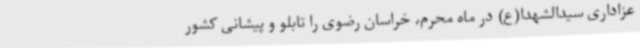
عزاداری سیدالشهدا(ع) در ماه محرم، خراسان رضوی را تابلو و پیشانی کشور